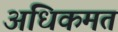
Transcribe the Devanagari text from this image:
अधिकमत